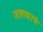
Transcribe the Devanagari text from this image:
जातकाचे